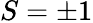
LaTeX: S=\pm 1